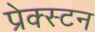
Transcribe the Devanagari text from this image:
प्रेक्स्टन